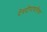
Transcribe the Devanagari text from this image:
देवदीपावलीचा